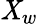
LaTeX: \mathit{X}_{w}